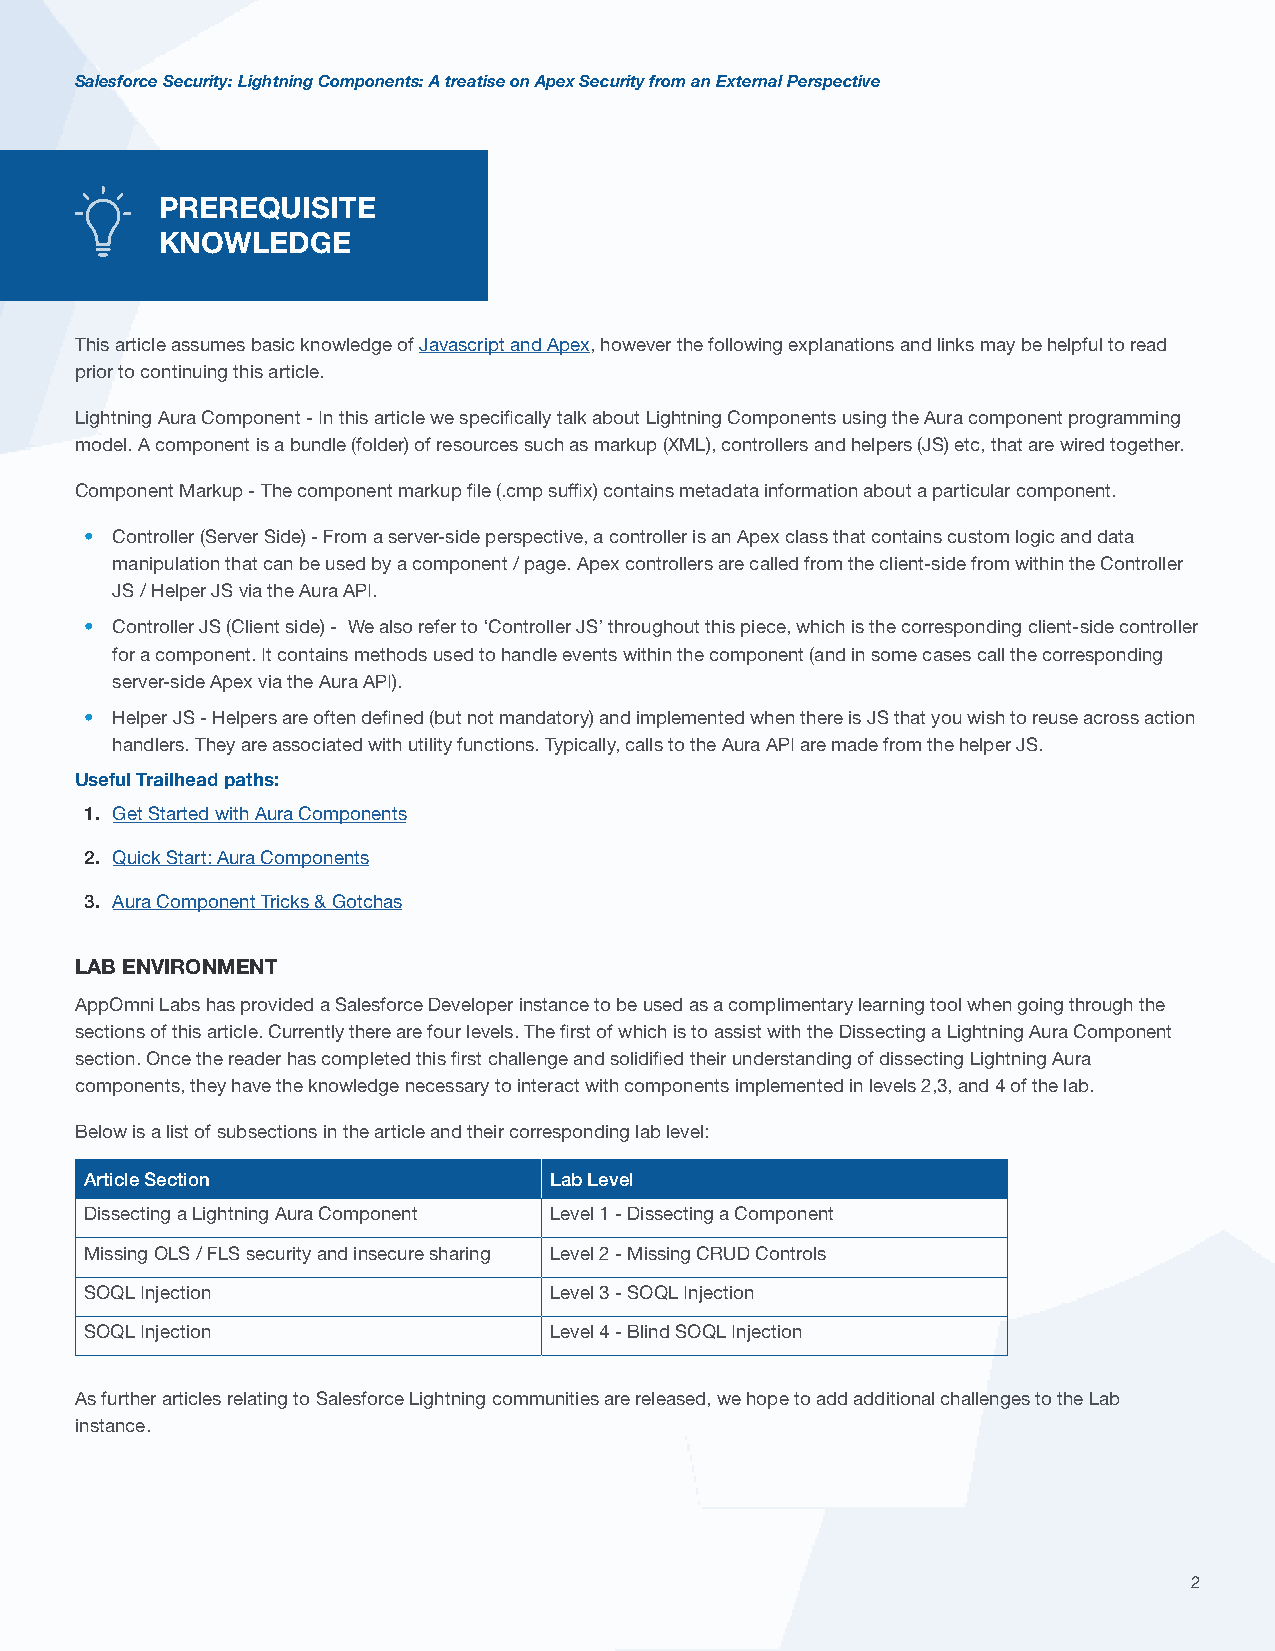
Salesforce Security: Lightning Components: A treatise on Apex Security from an External Perspective
 PREREQUISITE
 KNOWLEDGE
 This article assumes basic knowledge of Javascript and Apex, however the following explanations and links may be helpful to read
 prior to continuing this article.
 Lightning Aura Component - In this article we specifically talk about Lightning Components using the Aura component programming
 model. A component is a bundle (folder) of resources such as markup (XML), controllers and helpers (JS) etc, that are wired together.
 Component Markup - The component markup file (.cmp suffix) contains metadata information about a particular component.
 • Controller (Server Side) - From a server-side perspective, a controller is an Apex class that contains custom logic and data
 manipulation that can be used by a component / page. Apex controllers are called from the client-side from within the Controller
 JS / Helper JS via the Aura API.
 • Controller JS (Client side) - We also refer to ‘Controller JS’ throughout this piece, which is the corresponding client-side controller
 for a component. It contains methods used to handle events within the component (and in some cases call the corresponding
 server-side Apex via the Aura API).
 • Helper JS - Helpers are often defined (but not mandatory) and implemented when there is JS that you wish to reuse across action
 handlers. They are associated with utility functions. Typically, calls to the Aura API are made from the helper JS.
 Useful Trailhead paths:
 1. Get Started with Aura Components
 2. Quick Start: Aura Components
 3. Aura Component Tricks & Gotchas
 LAB ENVIRONMENT
 AppOmni Labs has provided a Salesforce Developer instance to be used as a complimentary learning tool when going through the
 sections of this article. Currently there are four levels. The first of which is to assist with the Dissecting a Lightning Aura Component
 section. Once the reader has completed this first challenge and solidified their understanding of dissecting Lightning Aura
 components, they have the knowledge necessary to interact with components implemented in levels 2,3, and 4 of the lab.
 Below is a list of subsections in the article and their corresponding lab level:
 Article Section               Lab Level
 Dissecting a Lightning Aura Component Level 1 - Dissecting a Component
 Missing OLS / FLS security and insecure sharing Level 2 - Missing CRUD Controls
 SOQL Injection                Level 3 - SOQL Injection
 SOQL Injection                Level 4 - Blind SOQL Injection
 As further articles relating to Salesforce Lightning communities are released, we hope to add additional challenges to the Lab
 instance.
 2